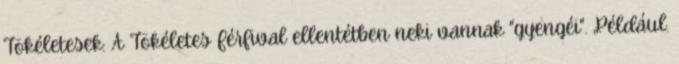
Tökéletesek: A Tökéletes Férfival ellentétben neki vannak "gyengéi". Például.